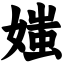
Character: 媸